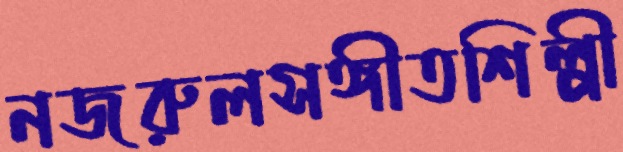
নজরুলসঙ্গীতশিল্পী